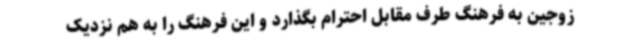
زوجین به فرهنگ طرف مقابل احترام بگذارد و این فرهنگ را به هم نزدیک